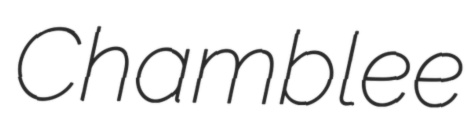
Chamblee